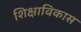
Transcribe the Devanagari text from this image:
शिक्षाविकास